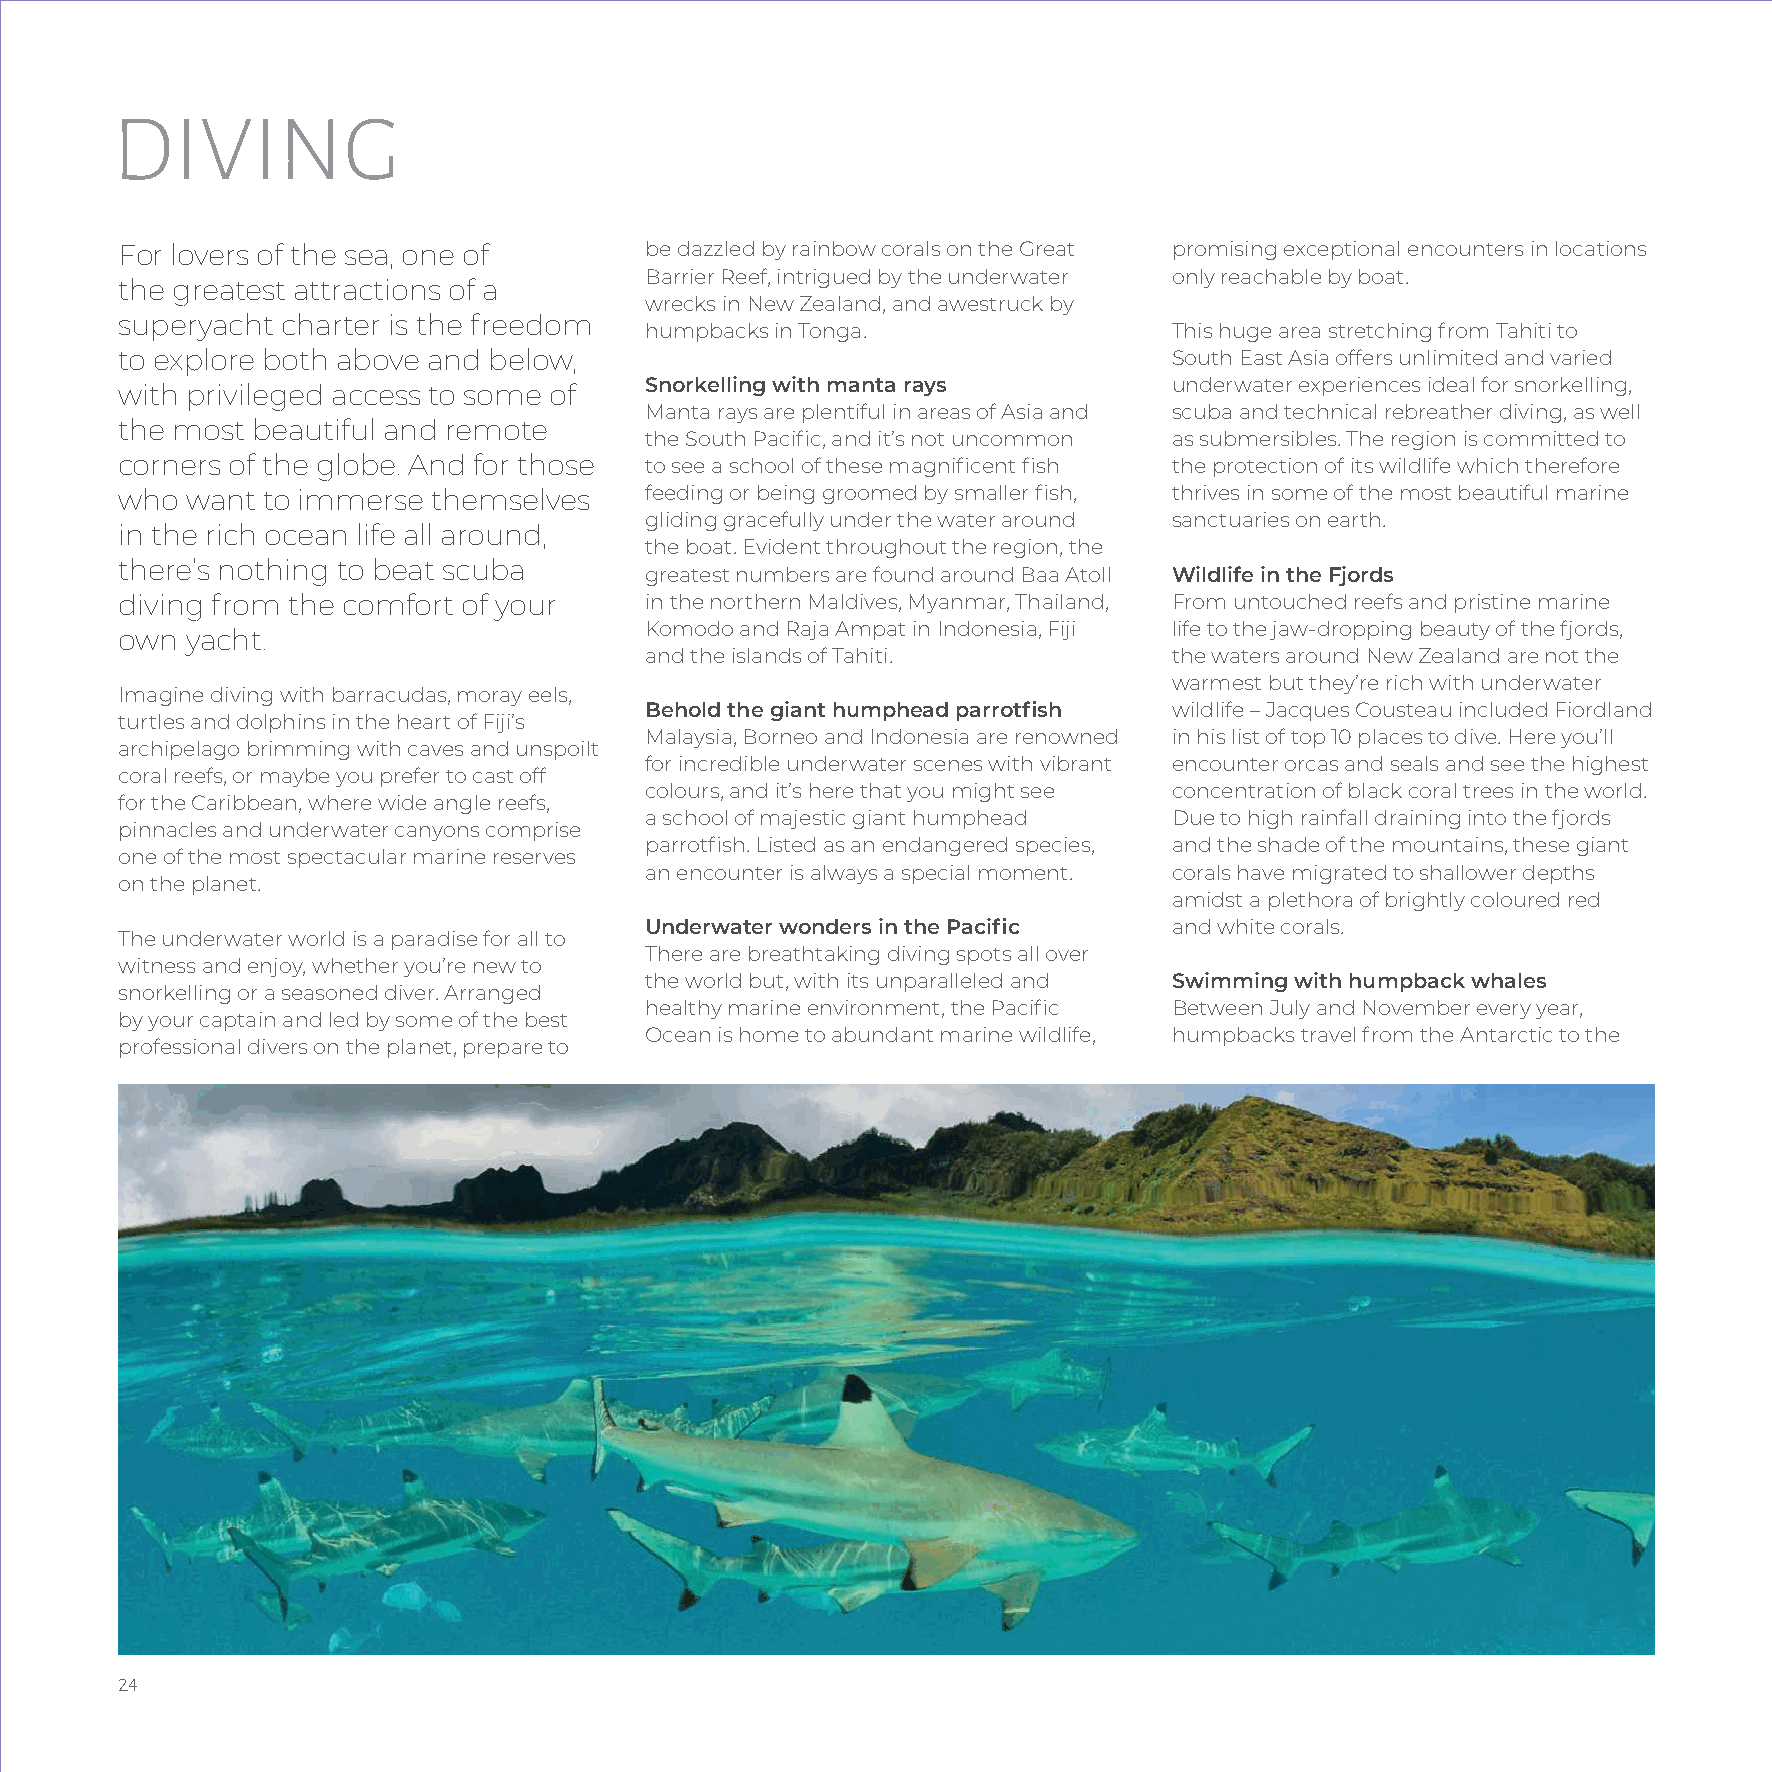
DIVING
 For lovers of the sea, one of      be dazzled by rainbow corals on the Great promising exceptional encounters in locations
 Barrier Reef, intrigued by the underwater only reachable by boat.
 the greatest attractions of a
 wrecks in New Zealand, and awestruck by
 superyacht charter is the freedom
 humpbacks in Tonga.                This huge area stretching from Tahiti to
 to explore both above and below,                                      South East Asia offers unlimited and varied
 with privileged access to some of  Snorkelling with manta rays        underwater experiences ideal for snorkelling,
 Manta rays are plentiful in areas of Asia and scuba and technical rebreather diving, as well
 the most beautiful and remote
 the South Pacific, and it’s not uncommon as submersibles. The region is committed to
 corners of the globe. And for those to see a school of these magnificent fish the protection of its wildlife which therefore
 who want to immerse  themselves    feeding or being groomed by smaller fish, thrives in some of the most beautiful marine
 gliding gracefully under the water around sanctuaries on earth.
 in the rich ocean life all around,
 the boat. Evident throughout the region, the
 there’s nothing to beat scuba
 greatest numbers are found around Baa Atoll Wildlife in the Fjords
 diving from the comfort of your    in the northern Maldives, Myanmar, Thailand, From untouched reefs and pristine marine
 Komodo and Raja Ampat in Indonesia, Fiji life to the jaw-dropping beauty of the fjords,
 own yacht.
 and the islands of Tahiti.         the waters around New Zealand are not the
 warmest but they’re rich with underwater
 Imagine diving with barracudas, moray eels,
 Behold the giant humphead parrotfish wildlife – Jacques Cousteau included Fiordland
 turtles and dolphins in the heart of Fiji’s
 Malaysia, Borneo and Indonesia are renowned in his list of top 10 places to dive. Here you’ll
 archipelago brimming with caves and unspoilt
 for incredible underwater scenes with vibrant encounter orcas and seals and see the highest
 coral reefs, or maybe you prefer to cast off
 colours, and it’s here that you might see concentration of black coral trees in the world.
 for the Caribbean, where wide angle reefs,
 a school of majestic giant humphead Due to high rainfall draining into the fjords
 pinnacles and underwater canyons comprise
 parrotfish. Listed as an endangered species, and the shade of the mountains, these giant
 one of the most spectacular marine reserves
 an encounter is always a special moment. corals have migrated to shallower depths
 on the planet.
 amidst a plethora of brightly coloured red
 Underwater wonders in the Pacific  and white corals.
 The underwater world is a paradise for all to
 There are breathtaking diving spots all over
 witness and enjoy, whether you’re new to
 the world but, with its unparalleled and Swimming with humpback whales
 snorkelling or a seasoned diver. Arranged
 healthy marine environment, the Pacific Between July and November every year,
 by your captain and led by some of the best
 Ocean is home to abundant marine wildlife, humpbacks travel from the Antarctic to the
 professional divers on the planet, prepare to
 24